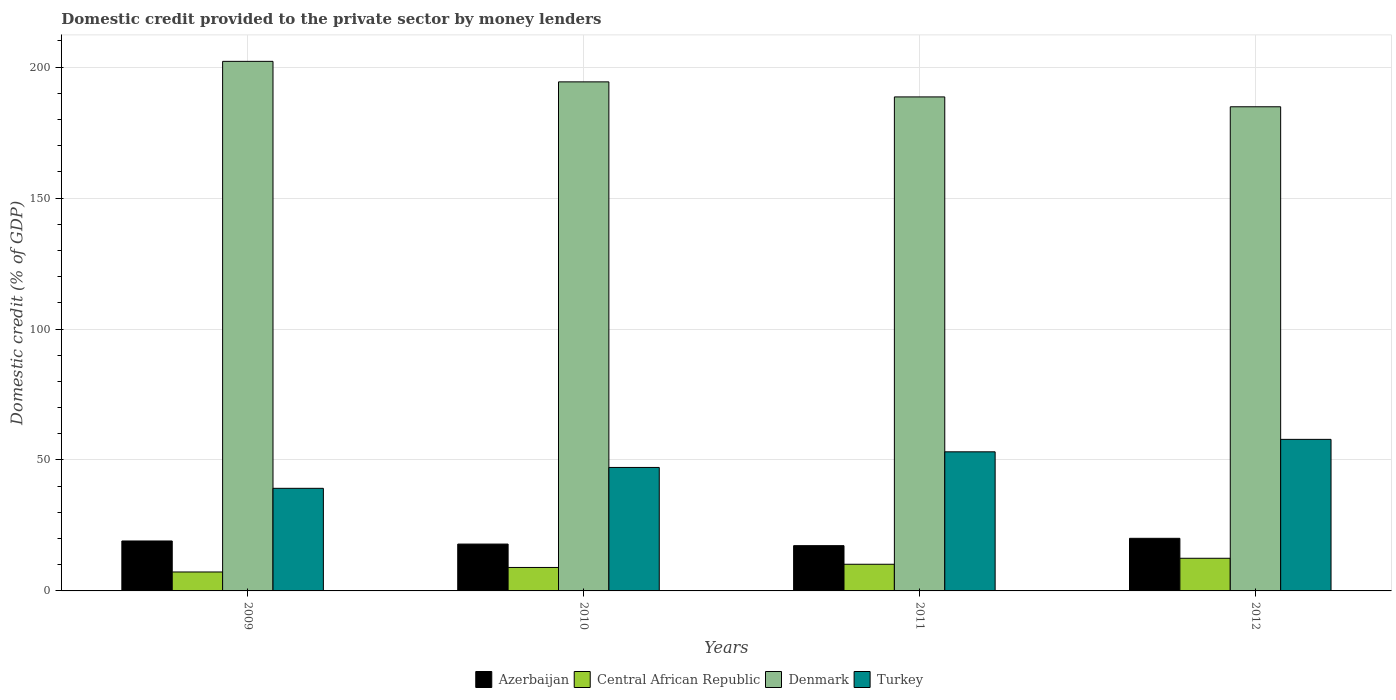
| Years | Azerbaijan | Central African Republic | Denmark | Turkey |
 | --- | --- | --- | --- | --- |
 | 2009 | 19.1 | 7.23 | 202 | 39.2 |
 | 2010 | 17.9 | 8.96 | 194 | 47.1 |
 | 2011 | 17.3 | 10.2 | 189 | 53.1 |
 | 2012 | 20.1 | 12.5 | 185 | 57.9 |